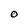
Character: O